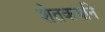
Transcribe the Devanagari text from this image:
शेतकर्याने